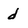
Character: d